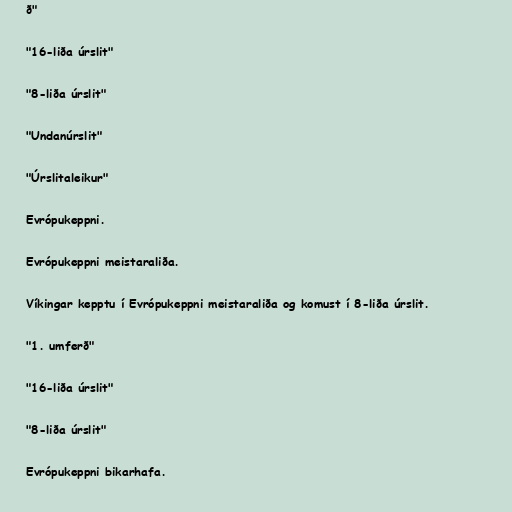
ð"

"16-liða úrslit"

"8-liða úrslit"

"Undanúrslit"

"Úrslitaleikur"

Evrópukeppni.

Evrópukeppni meistaraliða.

Víkingar kepptu í Evrópukeppni meistaraliða og komust í 8-liða úrslit.

"1. umferð"

"16-liða úrslit"

"8-liða úrslit"

Evrópukeppni bikarhafa.